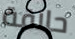
حلاقة